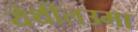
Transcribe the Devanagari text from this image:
येथीलउमा